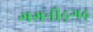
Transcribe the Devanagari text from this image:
गगनौढ़गढ़